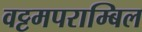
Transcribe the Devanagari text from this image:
वट्टमपराम्बिल